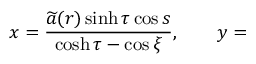
x = \frac { \widetilde { a } ( r ) \sinh \tau \cos s } { \cosh \tau - \cos \xi } , \qquad y =